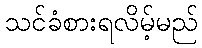
သင်ခံစားရလိမ့်မည်